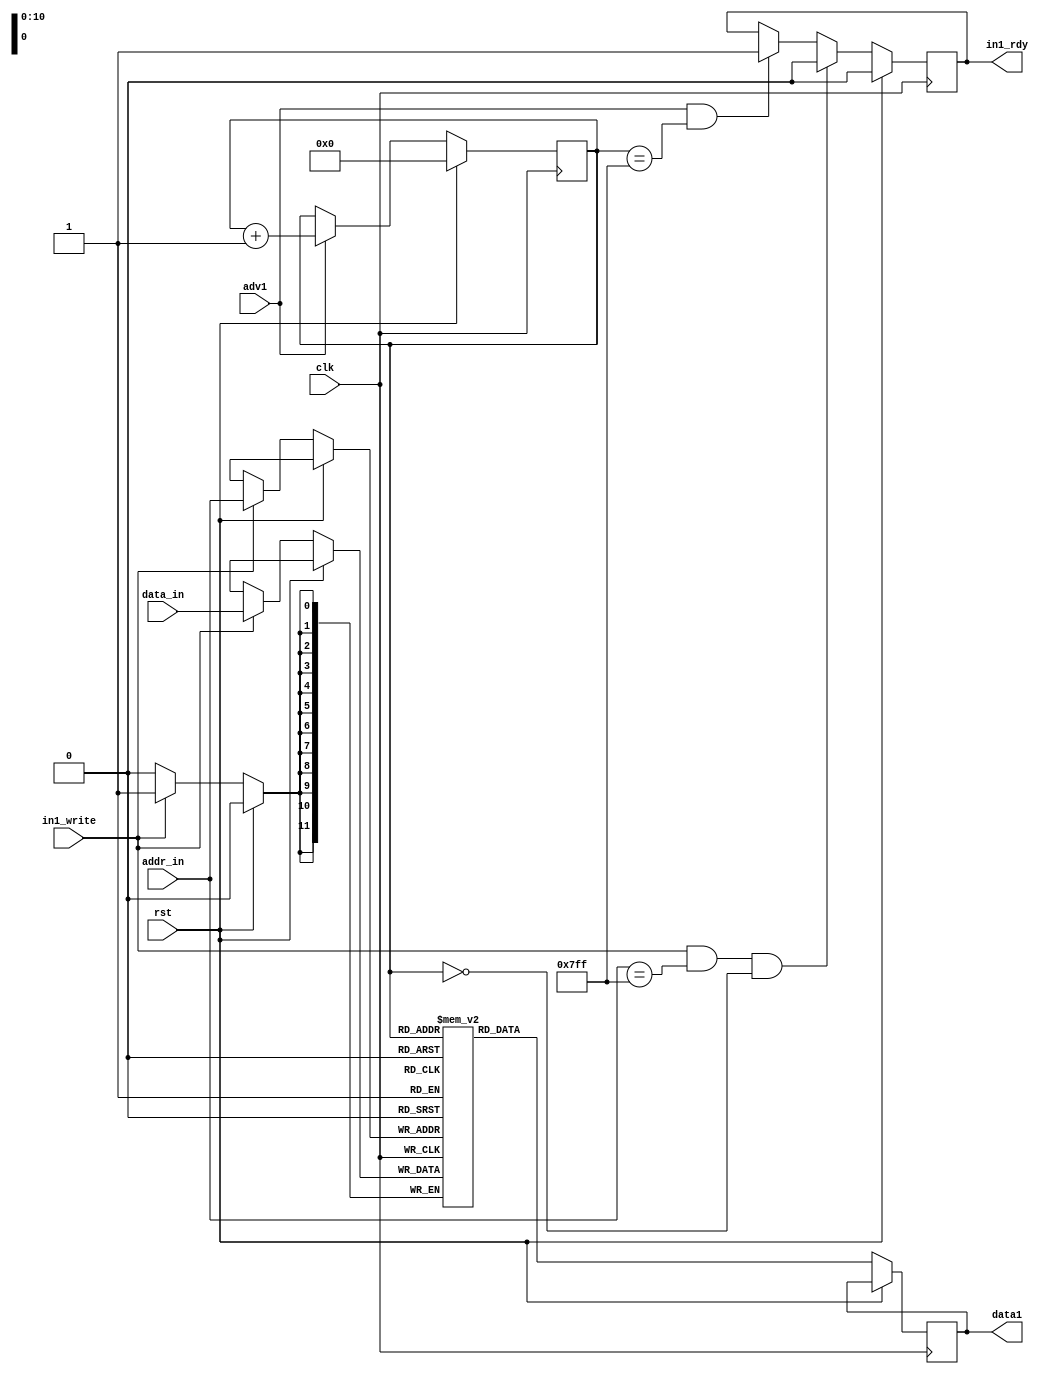
`timescale 1ns / 1ps
// Copyright (C) 2020 Michael Bell

// Definition of input data.
module Input1(
    input clk,
	 input rst,
    input adv1,
    output reg [11:0] data1,
	 
	 output in1_rdy,
	 input in1_write,
	 input [10:0] addr_in,
	 input [11:0] data_in
    );

   reg in1_reqd = 1'b0;
	assign in1_rdy = in1_reqd;
	reg [10:0] addr1 = 0;
	reg [11:0] input1_array [0:2047];
	
	always @(posedge clk) begin
		if (rst) begin
			addr1 <= 0;
			in1_reqd <= 1'b0;
		end
		else begin
			data1 <= input1_array[addr1];

			if (in1_write && addr_in == 11'h7ff && addr1 == 0)
				in1_reqd <= 1'b0;
			else if (adv1 && addr1 == 11'h7ff) 
			   in1_reqd <= 1'b1;

			if (adv1) begin
			   addr1 <= addr1 + 1'b1;
			end

			if (in1_write) begin
				input1_array[addr_in] <= data_in;
			end
		end
	end
endmodule